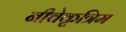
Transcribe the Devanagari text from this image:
नीचेकृत्रिम